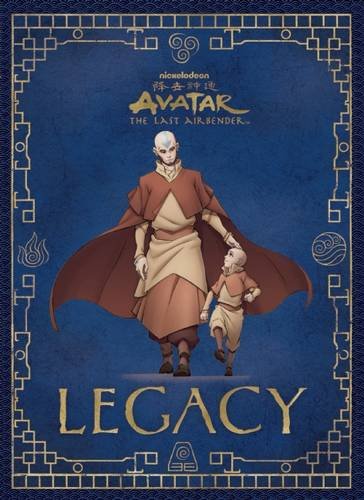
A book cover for Avatar: The Last Airbender: Legacy; Michael Teitelbaum; Comics & Graphic Novels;